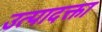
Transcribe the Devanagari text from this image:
उत्पादक्ता